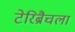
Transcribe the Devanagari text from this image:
टेरिब्रैचला